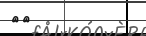
١٠